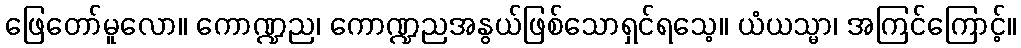
ဖြေတော်မူလော။ ကောဏ္ဍည၊ ကောဏ္ဍညအနွယ်ဖြစ်သောရှင်ရသေ့။ ယံယသ္မာ၊ အကြင်ကြောင့်။